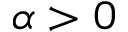
\alpha > 0